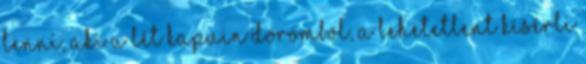
lenni, aki a lét kapuin dörömböl, a lehetetlent kísérli